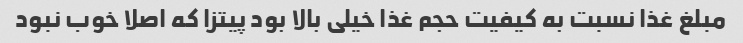
مبلغ غذا نسبت به کیفیت حجم غذا خیلی بالا بود پیتزا که اصلا خوب نبود